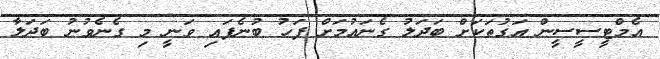
އެމްޓީސީސީން އަގުތަކަށް ބަދަލު ގެނައުމަށް ފަހު ބުނެފައި ވަނީ މި ގެނެވުނު ބަދަލާ